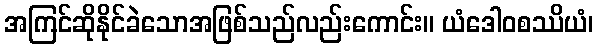
အကြင်ဆိုနိုင်ခဲသောအဖြစ်သည်လည်းကောင်း။ ယံဒေါဝစဿိယံ၊